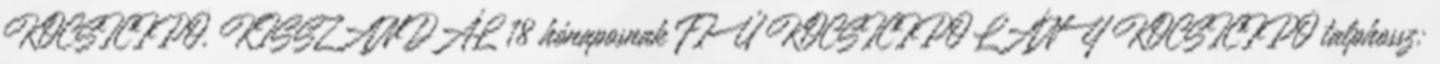
KOCSICIPŐ, KISSZANDÁL 18 hónaposnak FIÚ KOCSICIPŐ LÁNY KOCSICIPŐ talphossz: